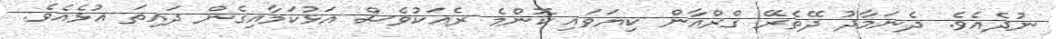
ނުދެއެވެ. ދެނަމާދު ދޭތެރޭ ޤްރްއާން ކިޔަވައި ކޮންމެ ރެއަކުވެސް އަޅުކަމާއިގެން ދައިތަ އުޅެއެވެ.